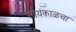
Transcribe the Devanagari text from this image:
सायंकाळचा